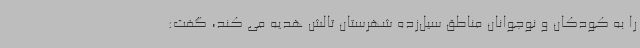
را به کودکان و نوجوانان مناطق سیل‌زده شهرستان تالش هدیه می کند، گفت: